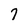
Character: 7